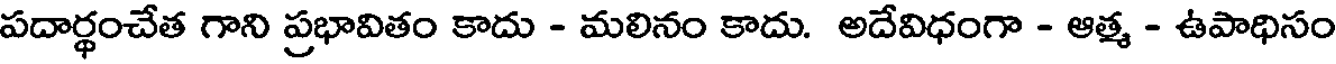
పదార్థంచేత గాని ప్రభావితం కాదు - మలినం కాదు. అదేవిధంగా - ఆత్మ - ఉపాధిసం